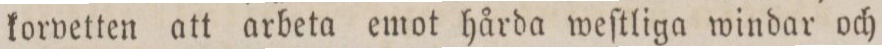
korvetten att arbeta emot hårda weſtliga windar och